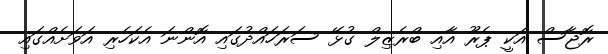
ރޮޖާސް އަކީ ޕެރޫ އާއި ބްރެޒިލް ގުޅޭ ސަރަހައްދުގައި އޮންނަ އެކަހެރި އަވަށެއްގައި